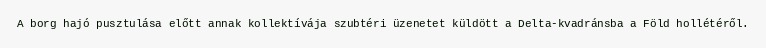
A borg hajó pusztulása előtt annak kollektívája szubtéri üzenetet küldött a Delta-kvadránsba a Föld hollétéről.